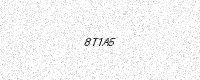
Text: 8T1A5